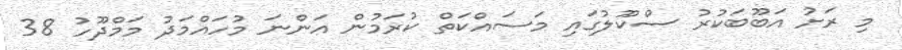
މި ރަށު އަބޫބަކުރު ސްކޫލުގައި މަސައްކަތް ކުރަމުން އަންނަ މުހައްމަދު މަމްދޫހު 38